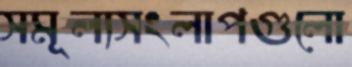
সমূল্যসংলাপগুলো